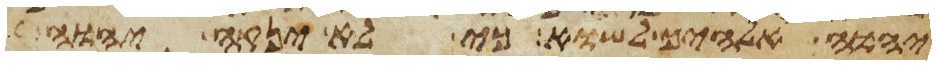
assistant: יהוה אלהיך לשוא כי לא ינקה יהוה